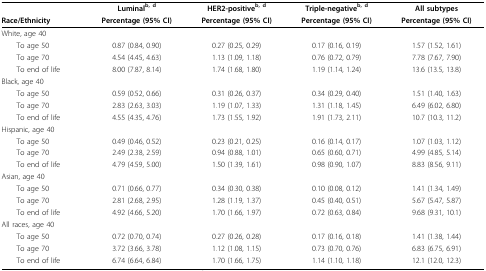
<table><thead><tr><td></td><td><b>Luminal<sup>b, d</sup></b></td><td><b>HER2-positive<sup>b, d</sup></b></td><td><b>Triple-negative<sup>b, d</sup></b></td><td><b>All subtypes</b></td></tr><tr><td><b>Race/Ethnicity</b></td><td><b>Percentage (95% CI)</b></td><td><b>Percentage (95% CI)</b></td><td><b>Percentage (95% CI)</b></td><td><b>Percentage (95% CI)</b></td></tr></thead><tbody><tr><td>White, age 40</td><td></td><td></td><td></td><td></td></tr><tr><td> To age 50</td><td>0.87 (0.84, 0.90)</td><td>0.27 (0.25, 0.29)</td><td>0.17 (0.16, 0.19)</td><td>1.57 (1.52, 1.61)</td></tr><tr><td> To age 70</td><td>4.54 (4.45, 4.63)</td><td>1.13 (1.09, 1.18)</td><td>0.76 (0.72, 0.79)</td><td>7.78 (7.67, 7.90)</td></tr><tr><td> To end of life</td><td>8.00 (7.87, 8.14)</td><td>1.74 (1.68, 1.80)</td><td>1.19 (1.14, 1.24)</td><td>13.6 (13.5, 13.8)</td></tr><tr><td>Black, age 40</td><td></td><td></td><td></td><td></td></tr><tr><td> To age 50</td><td>0.59 (0.52, 0.66)</td><td>0.31 (0.26, 0.37)</td><td>0.34 (0.29, 0.40)</td><td>1.51 (1.40, 1.63)</td></tr><tr><td> To age 70</td><td>2.83 (2.63, 3.03)</td><td>1.19 (1.07, 1.33)</td><td>1.31 (1.18, 1.45)</td><td>6.49 (6.02, 6.80)</td></tr><tr><td> To end of life</td><td>4.55 (4.35, 4.76)</td><td>1.73 (1.55, 1.92)</td><td>1.91 (1.73, 2.11)</td><td>10.7 (10.3, 11.2)</td></tr><tr><td>Hispanic, age 40</td><td></td><td></td><td></td><td></td></tr><tr><td> To age 50</td><td>0.49 (0.46, 0.52)</td><td>0.23 (0.21, 0.25)</td><td>0.16 (0.14, 0.17)</td><td>1.07 (1.03, 1.12)</td></tr><tr><td> To age 70</td><td>2.49 (2.38, 2.59)</td><td>0.94 (0.88, 1.01)</td><td>0.65 (0.60, 0.71)</td><td>4.99 (4.85, 5.14)</td></tr><tr><td> To end of life</td><td>4.79 (4.59, 5.00)</td><td>1.50 (1.39, 1.61)</td><td>0.98 (0.90, 1.07)</td><td>8.83 (8.56, 9.11)</td></tr><tr><td>Asian, age 40</td><td></td><td></td><td></td><td></td></tr><tr><td> To age 50</td><td>0.71 (0.66, 0.77)</td><td>0.34 (0.30, 0.38)</td><td>0.10 (0.08, 0.12)</td><td>1.41 (1.34, 1.49)</td></tr><tr><td> To age 70</td><td>2.81 (2.68, 2.95)</td><td>1.28 (1.19, 1.37)</td><td>0.45 (0.40, 0.51)</td><td>5.67 (5.47, 5.87)</td></tr><tr><td> To end of life</td><td>4.92 (4.66, 5.20)</td><td>1.70 (1.66, 1.97)</td><td>0.72 (0.63, 0.84)</td><td>9.68 (9.31, 10.1)</td></tr><tr><td>All races, age 40</td><td></td><td></td><td></td><td></td></tr><tr><td> To age 50</td><td>0.72 (0.70, 0.74)</td><td>0.27 (0.26, 0.28)</td><td>0.17 (0.16, 0.18)</td><td>1.41 (1.38, 1.44)</td></tr><tr><td> To age 70</td><td>3.72 (3.66, 3.78)</td><td>1.12 (1.08, 1.15)</td><td>0.73 (0.70, 0.76)</td><td>6.83 (6.75, 6.91)</td></tr><tr><td> To end of life</td><td>6.74 (6.64, 6.84)</td><td>1.70 (1.66, 1.75)</td><td>1.14 (1.10, 1.18)</td><td>12.1 (12.0, 12.3)</td></tr></tbody></table>